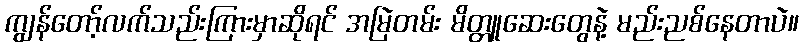
ကျွန်တော့်လက်သည်းကြားမှာဆိုရင် အမြဲတမ်း မိတ္တူဆေးတွေနဲ့ မည်းညစ်နေတာပဲ။